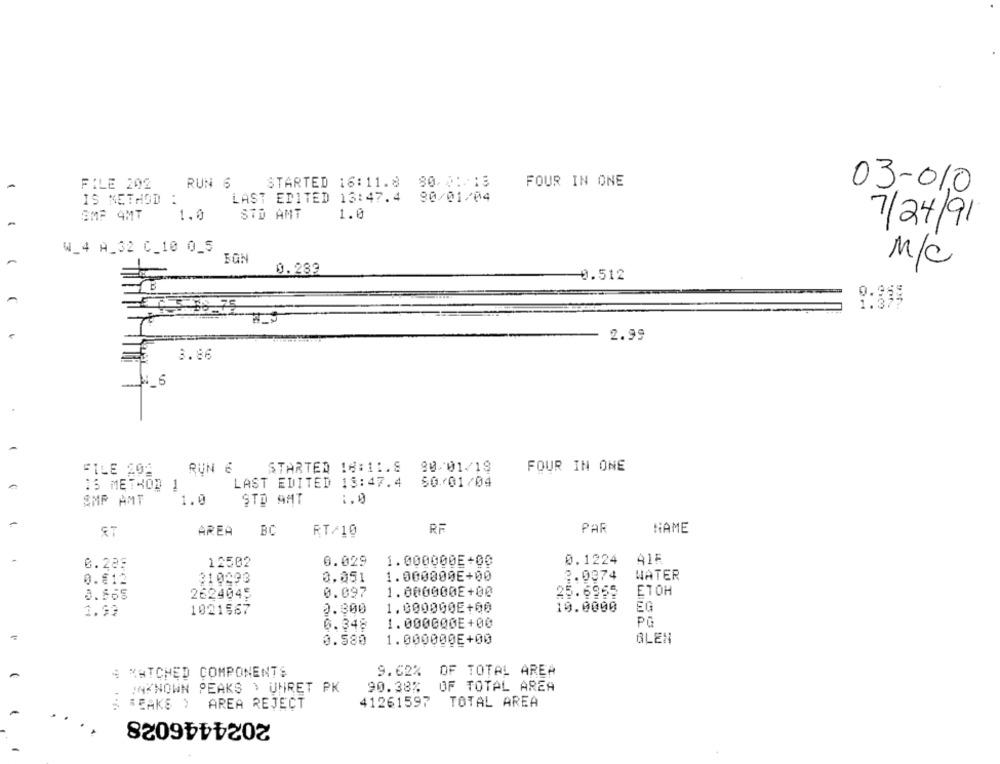
STARTED 16:11.8 80.01-13
FOUR IN ONE
FILE 202
RUN 6
03-010
LAST EDITED 13:47.4 90/01/04
IS METHOD :
SMF 4MT
1.0
STD AMT
1.0
7/24/91
W_4 A_32 C_10 0_5
M/C
0.289
0.512
9:339
2.99
3.86
FILE 204
RUN 6
STARTED 14:11.8
80/01/18
FOUR IN ONE
15 METHOD
LAST EDITED 18:47.4
50.01/04
SMP AMT
1.0
1.0
AREA
BC
RT/10
RF
PAR
NAME
0.285
12502
0.029
1.000000E+00
0.1224
A1F
310293
0.051
1.000000E+00
2.0074
WATER
9.€12
8.865
2624045
0.097
1.000000E+00
25.6965
ETOH
1.99
1021567
0.800
1.000000E+00
10.0000
EG
0.348
1.000000E+00
PG
0.580
1.000000E+00
GLEN
9.62%
OF TOTAL AREA
4 MATCHED COMPONENTS
90.38% OF TOTAL AREA
INKNOWN PEAKS \ UNRET PK
41261597 TOTAL AREA
BEAKS ) AREA REJECT
2024446028